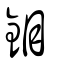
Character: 鉬